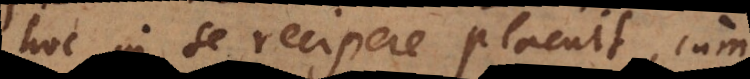
hoc in se recipere placuit, cum